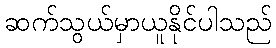
ဆက်သွယ်မှာယူနိုင်ပါသည်